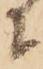
に